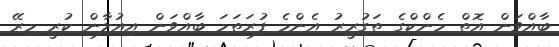
ބާއްވަން އޮތް މެންކްގެ ތަގުރީރު އެންމެ ފުރަތަމަ ބާއްވަން އިއުލާން ކުރީ މިރޭ